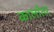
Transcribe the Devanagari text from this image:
कालाँतर